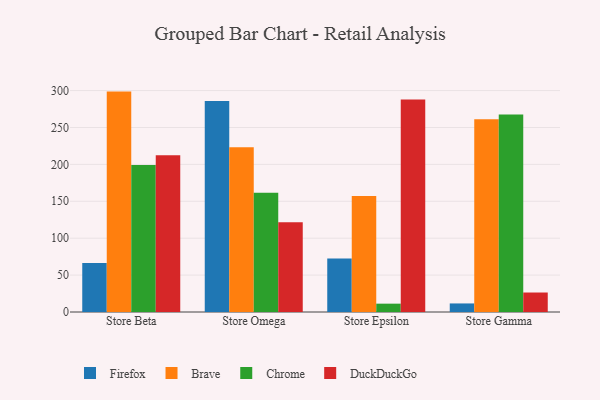
{"axis": {"x": "Store", "y": "Bounce Rate (%)"}, "legend": ["Brave", "Chrome", "DuckDuckGo", "Firefox"], "data": [{"x": "Store Beta", "y": 66.3, "type": "Firefox"}, {"x": "Store Beta", "y": 298.6, "type": "Brave"}, {"x": "Store Beta", "y": 199.1, "type": "Chrome"}, {"x": "Store Beta", "y": 212.5, "type": "DuckDuckGo"}, {"x": "Store Omega", "y": 285.7, "type": "Firefox"}, {"x": "Store Omega", "y": 223.2, "type": "Brave"}, {"x": "Store Omega", "y": 161.5, "type": "Chrome"}, {"x": "Store Omega", "y": 121.6, "type": "DuckDuckGo"}, {"x": "Store Epsilon", "y": 72.6, "type": "Firefox"}, {"x": "Store Epsilon", "y": 157.3, "type": "Brave"}, {"x": "Store Epsilon", "y": 11.3, "type": "Chrome"}, {"x": "Store Epsilon", "y": 287.8, "type": "DuckDuckGo"}, {"x": "Store Gamma", "y": 11.6, "type": "Firefox"}, {"x": "Store Gamma", "y": 261.3, "type": "Brave"}, {"x": "Store Gamma", "y": 267.7, "type": "Chrome"}, {"x": "Store Gamma", "y": 26.4, "type": "DuckDuckGo"}]}